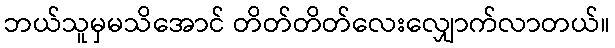
ဘယ်သူမှမသိအောင် တိတ်တိတ်လေးလျှောက်လာတယ်။